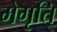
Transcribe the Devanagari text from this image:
मेगृति